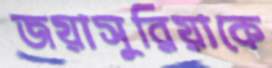
জয়াসুরিয়াকে